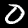
Label: 0